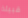
قبيلة